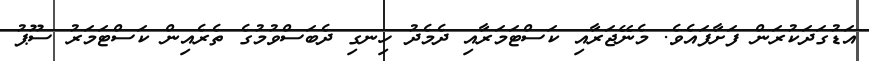
އަޑުގަދަކުރަން ފަށާފައެވެ. މެނޭޖަރާއި ކަސްޓަމަރާއި ދެމެދު ހިނގި ދެބަސްވުމުގެ ތެރެއިން ކަސްޓަމަރު ސޫޕު